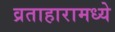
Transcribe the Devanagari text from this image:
व्रताहारामध्ये